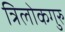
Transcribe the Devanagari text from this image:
त्रिलोकगुरु